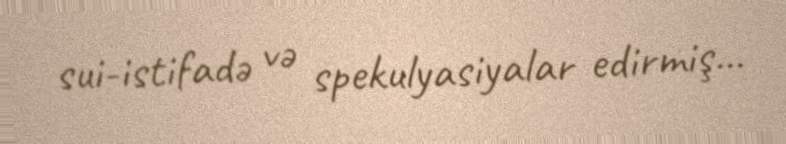
sui-istifadə və spekulyasiyalar edirmiş...